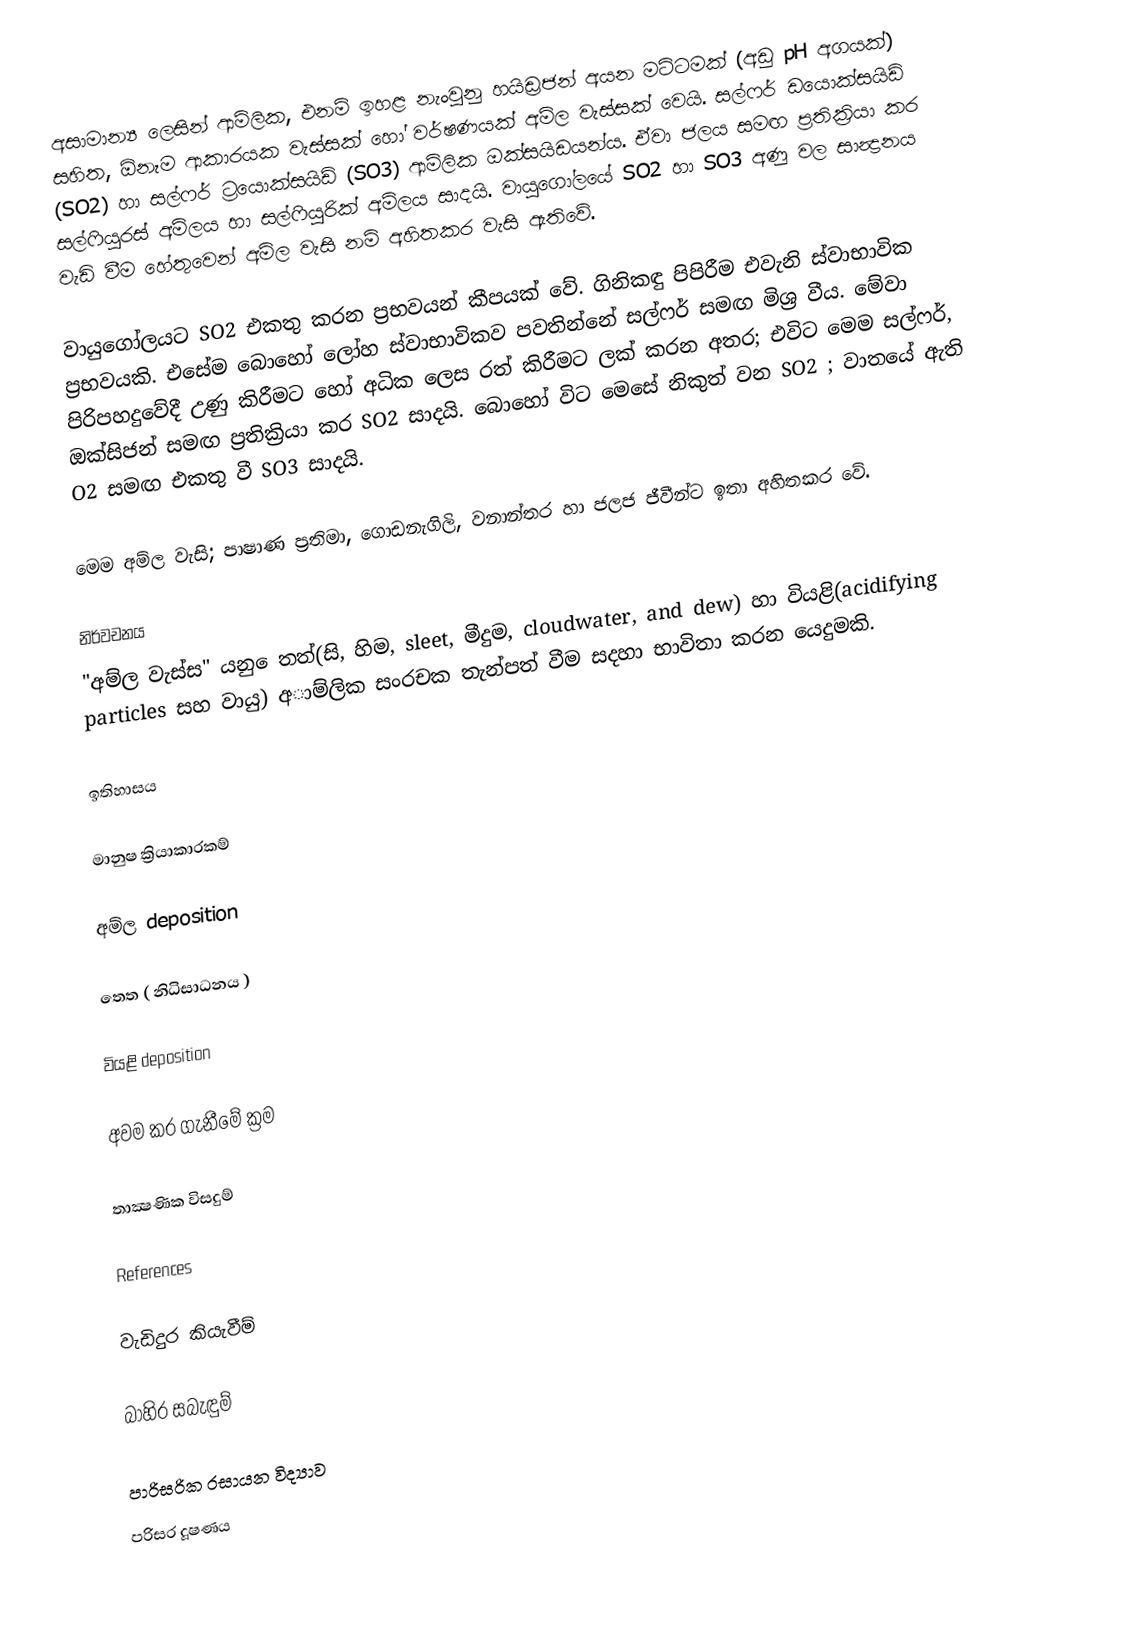
අසාමාන්‍ය ලෙසින් ආම්ලික, එනම් ඉහළ නැංවුනු හයිඩ්‍රජන් අයන මට්ටමක් (අඩු pH අගයක්) සහිත,  ඕනෑම ආකාරයක වැස්සක් හෝ වර්ෂණයක්  අම්ල වැස්සක් වෙයි. සල්ෆර් ඩයොක්සයිඩ් (SO2) හා සල්ෆර් ට්‍රයොක්සයිඩ් (SO3) ආම්‍ලික ඔක්සයිඩයන්ය. ඒවා ජලය සමඟ ප්‍රතික්‍රියා කර සල්ෆියුරස් අම්‍ලය හා සල්ෆියුරික් අම්‍ලය සාදයි. වායුගෝලයේ SO2 හා SO3 අණු වල සාන්‍ද්‍රනය වැඩි වීම හේතුවෙන් අම්‍ල වැසි නම්‍ අහිතකර වැසි ඇතිවේ.

වායුගෝලයට SO2 එකතු කරන ප්‍රභවයන් කීපයක් වේ. ගිනිකඳු පිපිරීම එවැනි ස්වාභාවික ප්‍රභවයකි. එසේම බොහෝ ලෝහ ස්‍වාභාවිකව පවතින්‍නේ සල්‍ෆර් සමඟ මිශ්‍ර වීය. මේවා පිරිපහදුවේදී උණු කිරීමට හෝ අධික ලෙස රත් කිරීමට ලක් කරන අතර; එවිට මෙම සල්‍ෆර්, ඔක්සිජන් සමඟ ප්‍රතික්‍රියා කර SO2 සාදයි. බොහෝ විට මෙසේ නිකුත් වන SO2 ; වාතයේ ඇති O2 සමඟ එකතු වී SO3 සාදයි.

මෙම අම්‍ල වැසි; පාෂාණ ප්‍රතිමා, ගොඩනැගිලි, වනාන්තර හා ජලජ ජීවීන්ට ඉතා අහිතකර වේ.

නිර්වචනය
"අම්ල වැස්ස" යනු ෙතත්(සි, හිම, sleet, මීදුම,  cloudwater, and dew) හා වියළි(acidifying particles සහ වායු) අාම්ලික සංරචක තැන්පත් වීම සදහා භාවිතා කරන යෙදුමකි.

ඉතිහාසය

මානුෂ ක්‍රියාකාරකම්

අම්ල deposition

තෙත ( නිධිසාධනය )

වියළි deposition

අවම කර ගැනීමේ ක්‍රම

තාක්‍ෂණික විසදුම්

References

වැඩිදුර කියැවීම්

බාහිර සබැඳුම්

පාරිසරික රසායන විද්‍යාව
පරිසර දූෂණය